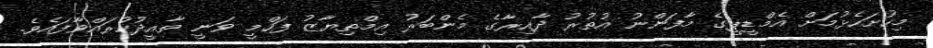
މިހުށަހެޅުމަށް އެމްޑީޕީގެ މާފަންނު އުތުރު ދާއިރާގެ މެންބަރު އިމްތިޔާޒު ފަހްމީ ވަނީ ތާއީދުކުރައްވާފައެވެ.